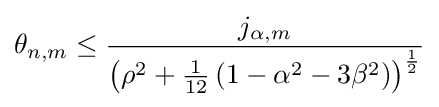
\displaystyle \theta _{n,m}\displaystyle \leq {\frac {j_{\alpha ,m}}{\left(\rho ^{2}+{\tfrac {1}{12}}\left(1-\alpha ^{2}-3\beta ^{2}\right)\right)^{\frac {1}{2}}}}